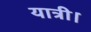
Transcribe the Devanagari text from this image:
यात्री।